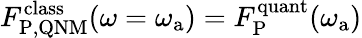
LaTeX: F_{\mathrm{P,QNM}}^{\mathrm{class}}(\omega=\omega_{\mathrm{a}})=F_{\mathrm{P}}^{\mathrm{quant}}(\omega_{\mathrm{a}})